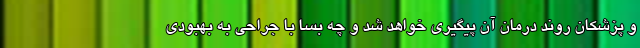
و پزشکان روند درمان آن پیگیری خواهد شد و چه بسا با جراحی به بهبودی